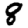
Digit: 8